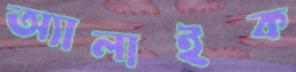
অ্যালাইক